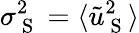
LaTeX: \sigma_{\mathrm{~S~}}^{2}=\langle\tilde{u}_{\mathrm{~S~}}^{2}\rangle